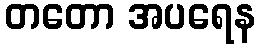
တတော အပရေန